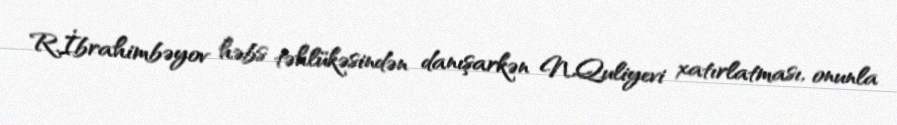
R.İbrahimbəyov həbs təhlükəsindən danışarkən N.Quliyevi xatırlatması, onunla